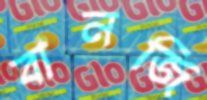
বানজি